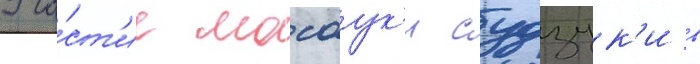
Уча́ст'ие масаук'и судзук'и в